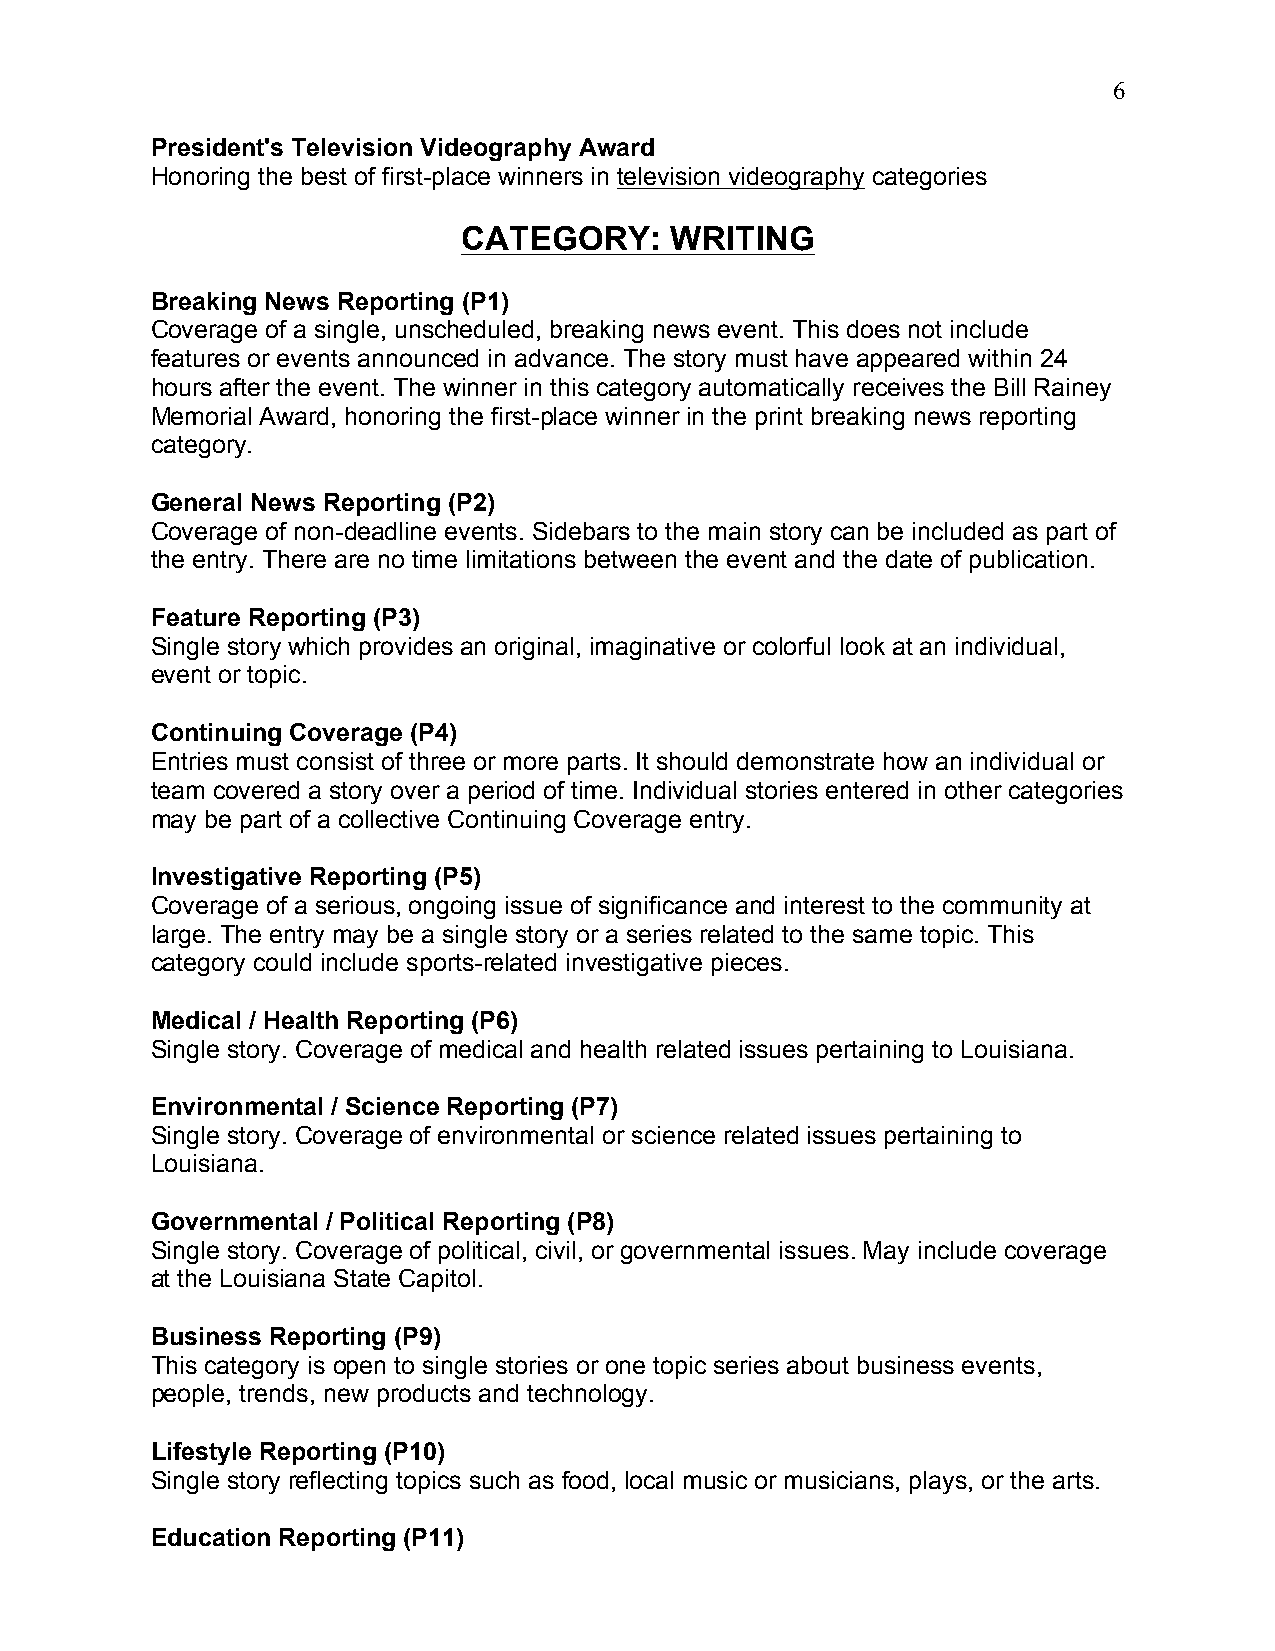
6
 President's Television Videography Award
 Honoring the best of first-place winners in television videography categories
 CATEGORY:    WRITING
 Breaking News Reporting (P1)
 Coverage of a single, unscheduled, breaking news event. This does not include
 features or events announced in advance. The story must have appeared within 24
 hours after the event. The winner in this category automatically receives the Bill Rainey
 Memorial Award, honoring the first-place winner in the print breaking news reporting
 category.
 General News Reporting (P2)
 Coverage of non-deadline events. Sidebars to the main story can be included as part of
 the entry. There are no time limitations between the event and the date of publication.
 Feature Reporting (P3)
 Single story which provides an original, imaginative or colorful look at an individual,
 event or topic.
 Continuing Coverage (P4)
 Entries must consist of three or more parts. It should demonstrate how an individual or
 team covered a story over a period of time. Individual stories entered in other categories
 may be part of a collective Continuing Coverage entry.
 Investigative Reporting (P5)
 Coverage of a serious, ongoing issue of significance and interest to the community at
 large. The entry may be a single story or a series related to the same topic. This
 category could include sports-related investigative pieces.
 Medical / Health Reporting (P6)
 Single story. Coverage of medical and health related issues pertaining to Louisiana.
 Environmental / Science Reporting (P7)
 Single story. Coverage of environmental or science related issues pertaining to
 Louisiana.
 Governmental / Political Reporting (P8)
 Single story. Coverage of political, civil, or governmental issues. May include coverage
 at the Louisiana State Capitol.
 Business Reporting (P9)
 This category is open to single stories or one topic series about business events,
 people, trends, new products and technology.
 Lifestyle Reporting (P10)
 Single story reflecting topics such as food, local music or musicians, plays, or the arts.
 Education Reporting (P11)